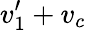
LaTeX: v_{1}^{\prime}+v_{c}